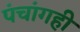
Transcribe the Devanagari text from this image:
पंचांगही